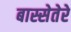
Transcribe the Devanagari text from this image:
बास्सेतेरे